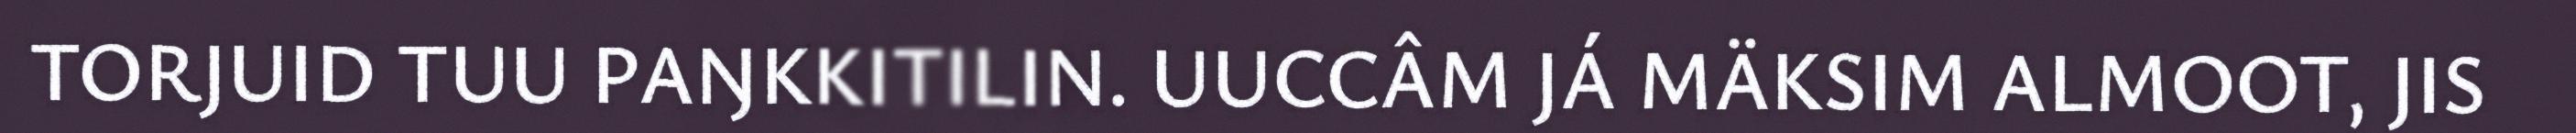
TORJUID TUU PAŊKKITILIN. UUCCÂM JÁ MÄKSIM ALMOOT, JIS